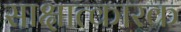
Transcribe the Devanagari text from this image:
साक्षात्कारक